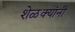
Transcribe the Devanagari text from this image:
शेळक्यांनी